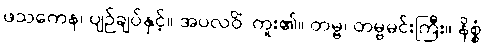
ဖသကေန၊ ပျဉ်ချပ်နှင့်။ အပလဝိံ၊ ကူး၏။ တမ္ဗ၊ တမ္ဗမင်းကြီး။ နိစ္စံ၊